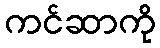
ကင်ဆာကို